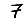
Digit: 7